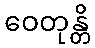
ဝေတုန္တိ